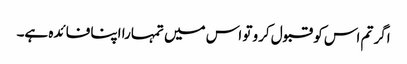
اگر تم اس کو قبول کرو تو اس میں تمہارا اپنا فائدہ ہے۔